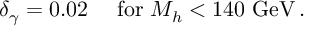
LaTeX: \delta _ { \gamma } = 0 . 0 2 \quad \mathrm { ~ f o r ~ } M _ { h } < 1 4 0 \mathrm { ~ G e V } \, .